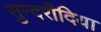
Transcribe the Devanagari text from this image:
सुन्दरीदिया